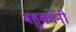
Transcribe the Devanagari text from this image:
बहुकोनी